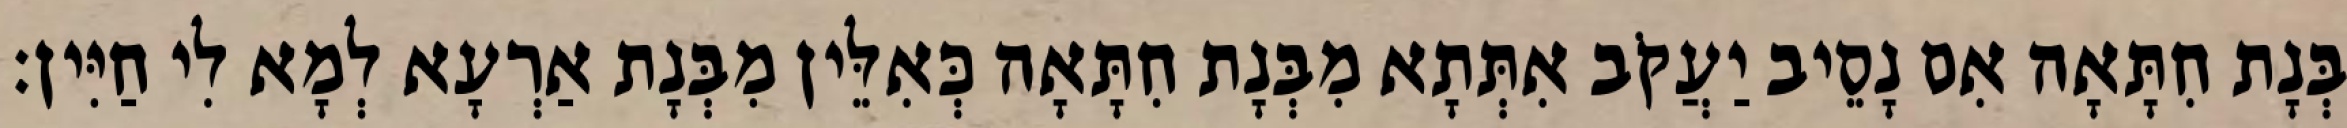
בְּנָת חִתָּאָה אִם נָסֵיב יַעֲקֹב אִתְּתָא מִבְּנָת חִתָּאָה כְּאִלֵּין מִבְּנָת אַרְעָא לְמָא לִי חַיִּין׃